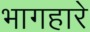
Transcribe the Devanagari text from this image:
भागहारे